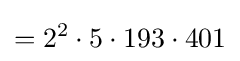
=2^{2}\cdot 5\cdot 193\cdot 401